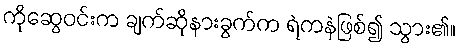
ကိုဆွေဝင်းက ချက်ဆိုနားခွက်က ရဲကနဲဖြစ်၍ သွား၏။